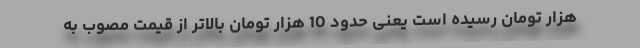
هزار تومان رسیده است یعنی حدود 10 هزار تومان بالاتر از قیمت مصوب به